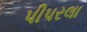
પીપરલા